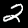
Label: 2